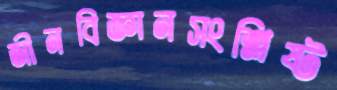
জীনবিজ্ঞানসংশ্লিষ্ট